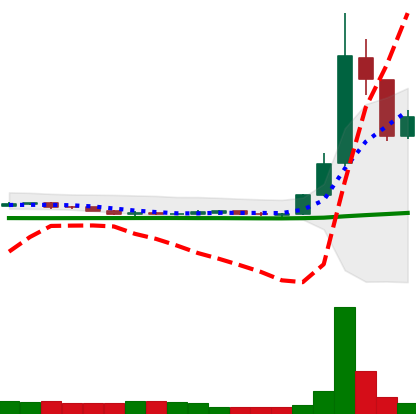
Ticker: DOGE-USD
Chart end date: 2020-07-11
Forward return: -21.412%
Label: down_7plus